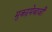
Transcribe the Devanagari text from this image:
मुकद्दमेबाजी